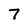
Character: 7